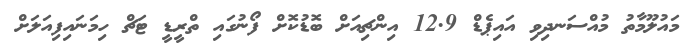
މައުލޫމާތު މުއްސަނދިވި އައިޕެޑް 12.9 އިންޗިއަށް ބޮޑުކޮށް ފޯނުގައި ތްރީޑީ ޓަޗް ހިމަނައިފިއަލަށް